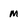
Character: m